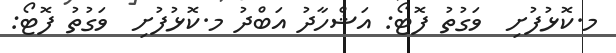
މ.ކޮޅުފުށި  ވަގުތު ފޮޓޯ: އަޝްހާދު އަބްދު މ.ކޮޅުފުށި  ވަގުތު ފޮޓޯ: